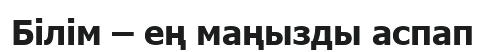
Білім – ең маңызды аспап